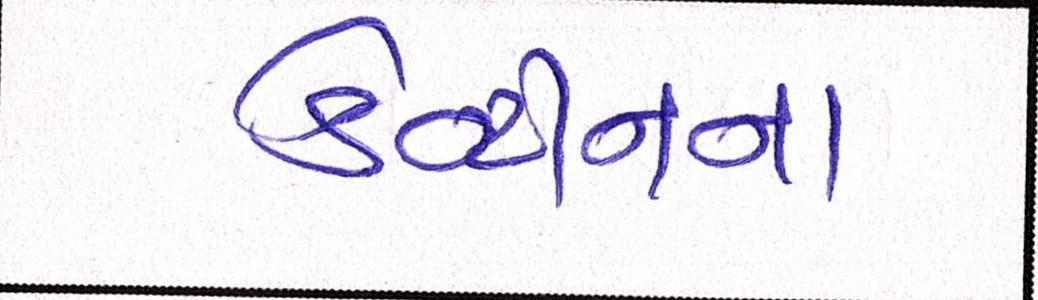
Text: કેન્ટીનના